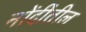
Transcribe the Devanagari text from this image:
नोंदींतील